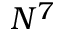
N ^ { 7 }